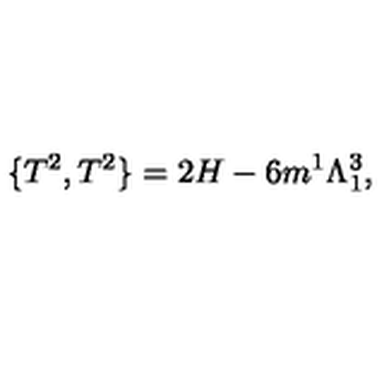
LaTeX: \{ T ^ { 2 } , T ^ { 2 } \} = 2 H - 6 m ^ { 1 } \Lambda _ { 1 } ^ { 3 } ,